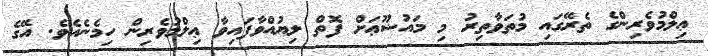
ޢިލްމުވެރިންގެ ތެރޭގައި މުތަވާތިރު މި މައުޟޫޢަށް ފޮތް ލިޔުއްވާފައިވާ ޢިލްމުވެރިން ހިމެނެއެވެ. އޭގެ